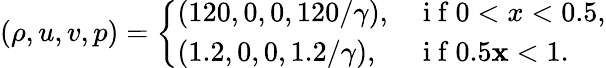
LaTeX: (\rho,u,v,p)=\left\{ \begin{array}{ll}{(120,0,0,120/\gamma),}&{\mathrm{~i~f~}0<x<0.5,}\\ {(1.2,0,0,1.2/\gamma),}&{\mathrm{~i~f~}0.5\le x<1.}\end{array}\right.